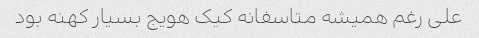
علی رغم همیشه متاسفانه کیک هویج بسیار کهنه بود